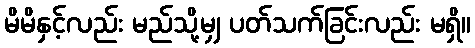
မိမိနှင့်လည်း မည်သို့မျှ ပတ်သက်ခြင်းလည်း မရှိ။